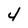
Character: 4